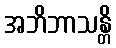
အဘိဘာသန္တိ